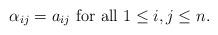
LaTeX: \begin{align*}\alpha_{ij}=a_{ij}~\textrm{for all}~ 1 \leq i, j \leq n.\end{align*}